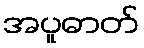
အပူဓာတ်